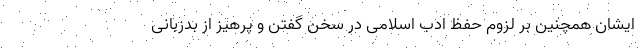
ایشان همچنین بر لزوم حفظ ادب اسلامی در سخن گفتن و پرهیز از بدزبانی